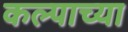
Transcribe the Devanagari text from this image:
कल्पाच्या